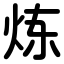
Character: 炼